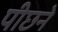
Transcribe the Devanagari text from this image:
पीछने